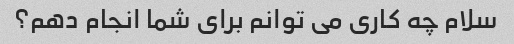
سلام چه کاری می توانم برای شما انجام دهم؟